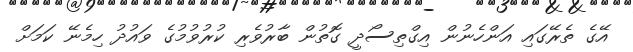
އޭގެ ތެރޭގައި އަންހެނުން އިގްތިސޯދީ ގޮތުން ބާރުވެރި ކުރުވުމުގެ ވައުދު ހިމެނޭ ކަމަށް